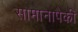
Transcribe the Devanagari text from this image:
सामानापैकी